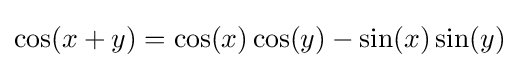
\cos(x+y)=\cos(x)\cos(y)-\sin(x)\sin(y)